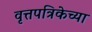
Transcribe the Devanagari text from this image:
वृत्तपत्रिकेच्या